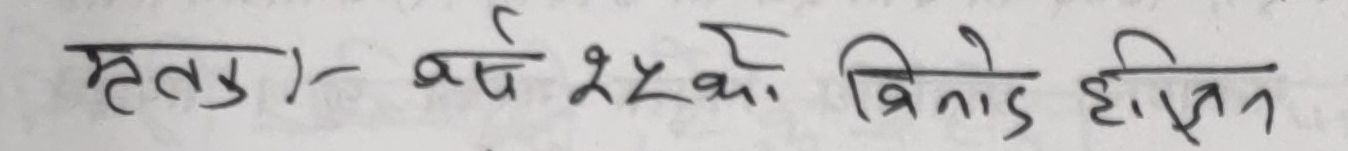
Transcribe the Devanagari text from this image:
हेतु)- वर्ष २६ को बिनोद हिएन